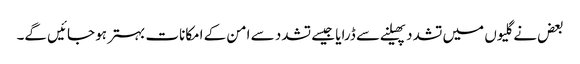
بعض نے گلیوں میں تشدد پھیلنے سے ڈرایا جیسے تشدد سے امن کے امکانات بہتر ہو جائیں گے۔